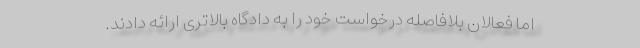
اما فعالان بلافاصله درخواست خود را به دادگاه بالاتری ارائه دادند.